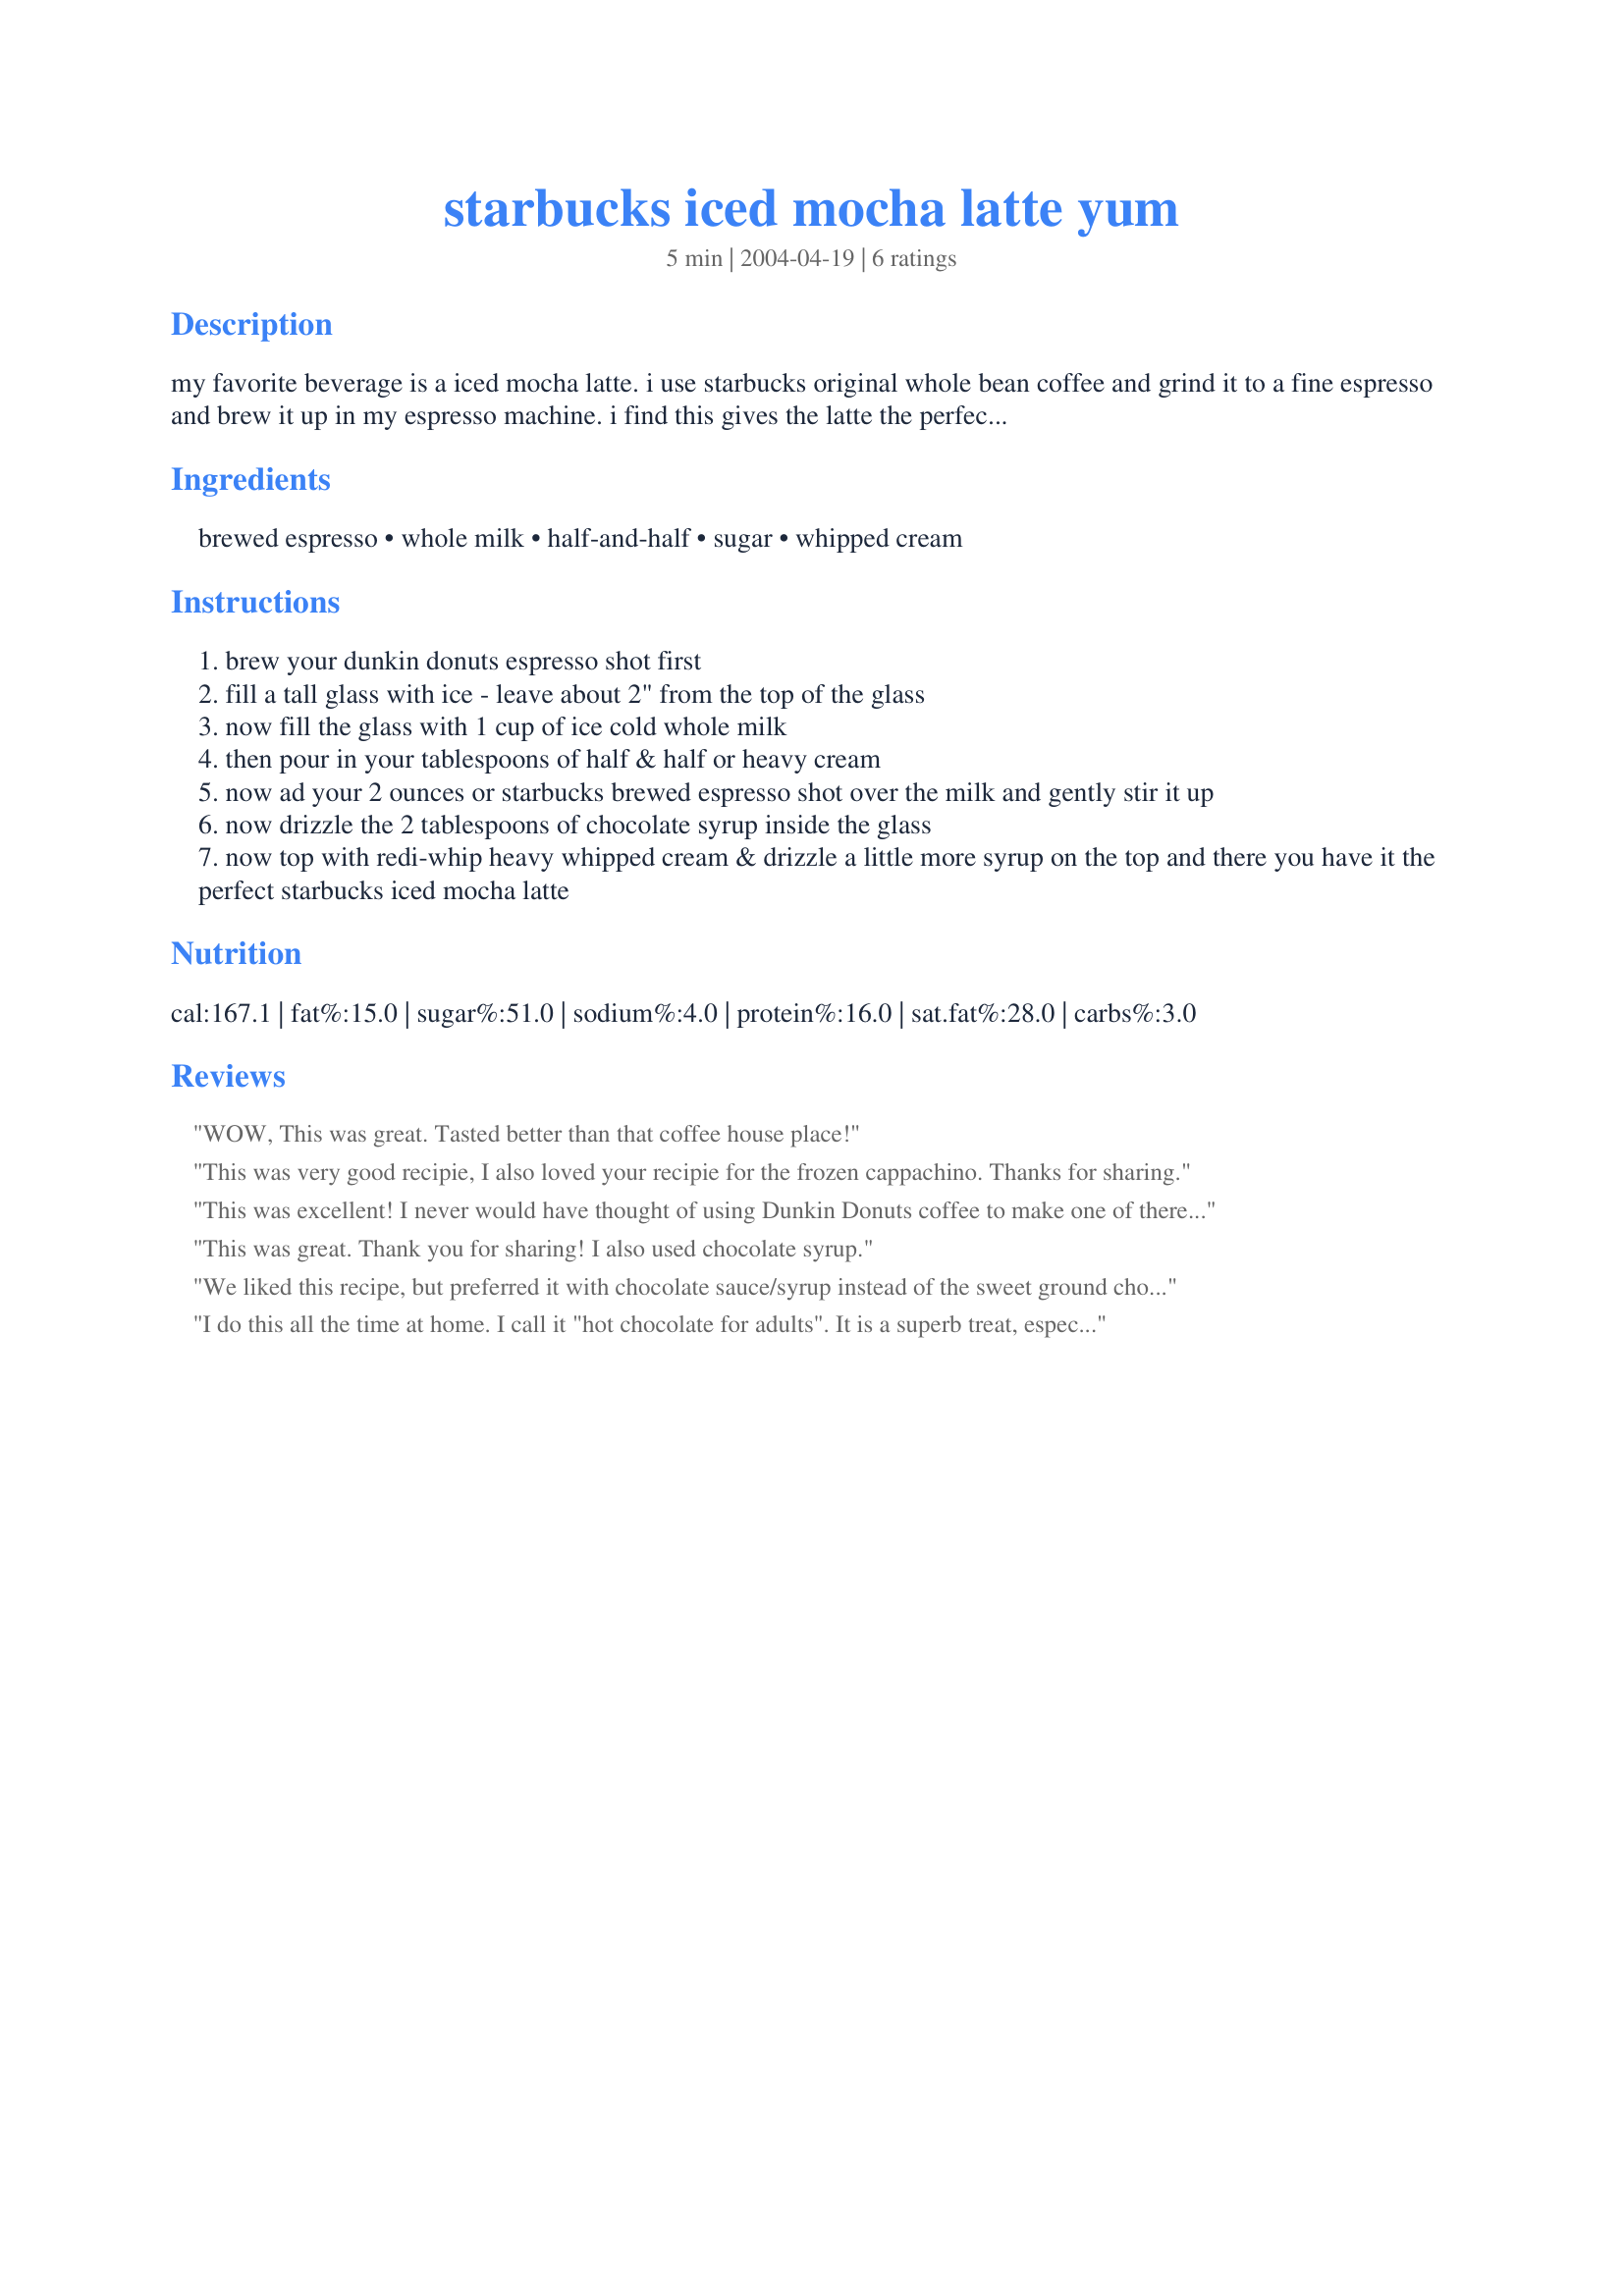
starbucks iced mocha latte yum
Preparation time: 5 minutes

my favorite beverage is a iced mocha latte.
i use starbucks original whole bean coffee and grind it to a fine espresso and brew it up in my espresso machine. i find this gives the latte the perfect taste. this recipe makes a medium iced mocha latte.
enjoy!

Ingredients:
brewed espresso, whole milk, half-and-half, sugar, whipped cream

Steps:
brew your dunkin donuts espresso shot first
fill a tall glass with ice - leave about 2" from the top of the glass
now fill the glass with 1 cup of ice cold whole milk
then pour in your tablespoons of half & half or heavy cream
now ad your 2 ounces or starbucks brewed espresso shot over the milk and gently stir it up
now drizzle the 2 tablespoons of chocolate syrup inside the glass
now top with redi-whip heavy whipped cream & drizzle a little more syrup on the top and there you have it the perfect starbucks iced mocha latte

Reviews:
WOW, This was great. Tasted better than that coffee house place!
This was very good recipie, I also loved your recipie for the frozen cappachino. Thanks for sharing.
This was excellent! I never would have thought of using Dunkin Donuts coffee to make one of there signature drinks. I thought this recipe tasted even better than Dunkin Donuts latte, it was creamier and richer. Thanks for the idea.
This was great. Thank you for sharing! I also used chocolate syrup.
We liked this recipe, but preferred it with chocolate sauce/syrup instead of the sweet ground chocolate and cocoa powder (had a powdered chocolate taste, not what we were in the mood for). Just omit the sweet cocoa powder and sugar and add the chocolate sauce to taste. I use my recipe Recipe #220242 with a high quality dutch cocoa. Thanks for sharing.
I do this all the time at home. I call it "hot chocolate for adults". It is a superb treat, especially when the days start getting cold and dark.
